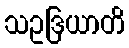
သဥဒြယာတိ